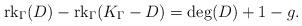
LaTeX: \begin{align*}\textrm{rk}_{\Gamma}(D) - \textrm{rk}_{\Gamma}(K_{\Gamma}-D) = \textrm{deg}(D) +1 -g.\end{align*}